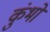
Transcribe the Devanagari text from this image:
कुंभो